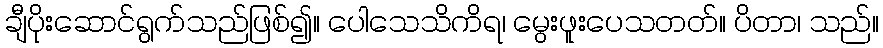
ချီပိုးဆောင်ရွက်သည်ဖြစ်၍။ ပေါသေသိကိရ၊ မွေးဖူးပေသတတ်။ ပိတာ၊ သည်။